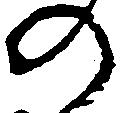
の